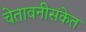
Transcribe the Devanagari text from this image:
चेतावनीसंकेत